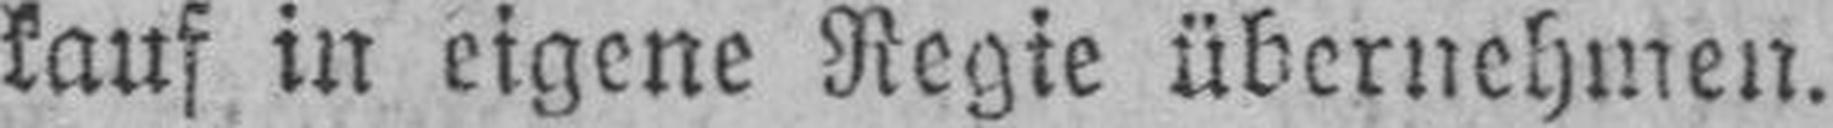
kauf in eigene Regie übernehmen.